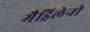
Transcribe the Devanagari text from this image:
मैड्रिलेनो